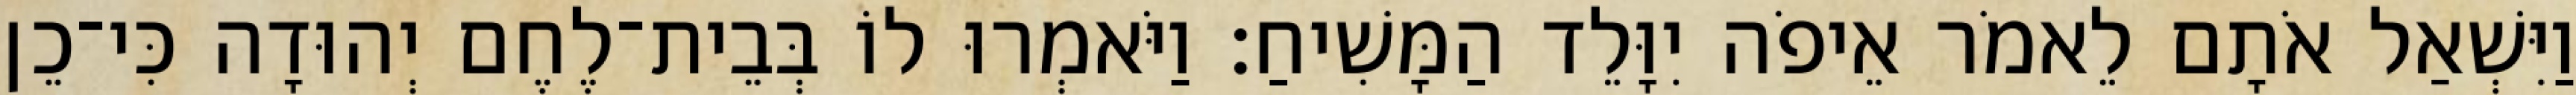
וַיִּשְׁאַל אֹתָם לֵאמֹר אֵיפֹה יִוָּלֵד הַמָּשִׁיחַ׃ וַיֹּאמְרוּ לוֹ בְּבֵית־לֶחֶם יְהוּדָה כִּי־כֵן